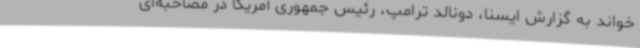
خواند به گزارش ایسنا، دونالد ترامپ، رئیس جمهوری آمریکا در مصاحبه‌ای